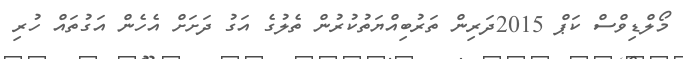
މޯލްޑިވްސް ކަޕް 2015ދަރިން ތަރުބިއްޔަތުކުރުން ތެލުގެ އަގު ދަށަށް އެހެން އަގުތައް ހުރި